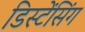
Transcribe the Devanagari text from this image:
डिस्टेंसिंग